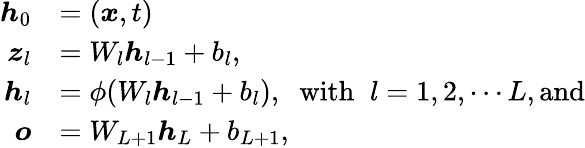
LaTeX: \begin{array}{rl}{\boldsymbol{h}_{0}}&{=(\boldsymbol{x},t)}\\ {\boldsymbol{z}_{l}}&{=W_{l}\boldsymbol{h}_{l-1}+b_{l},}\\ {\boldsymbol{h}_{l}}&{=\phi(W_{l}\boldsymbol{h}_{l-1}+b_{l}),\; \; \mathrm{with}\; \; l=1,2,\cdots L,\mathrm{and}}\\ {\boldsymbol{o}}&{=W_{L+1}\boldsymbol{h}_{L}+b_{L+1},}\end{array}